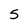
Character: 5